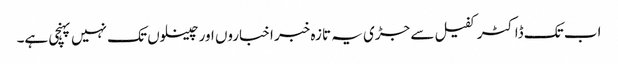
اب تک ڈاکٹر کفیل سے جڑی یہ تازہ خبر اخباروں اور چینلوں تک نہیں پہنچی ہے۔